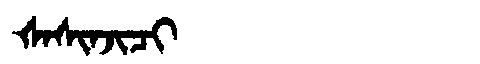
Manchu: ᡧᠠᠰᡳᠨᠵᡳᠴᡳ
Romanization: ŠASINJICI